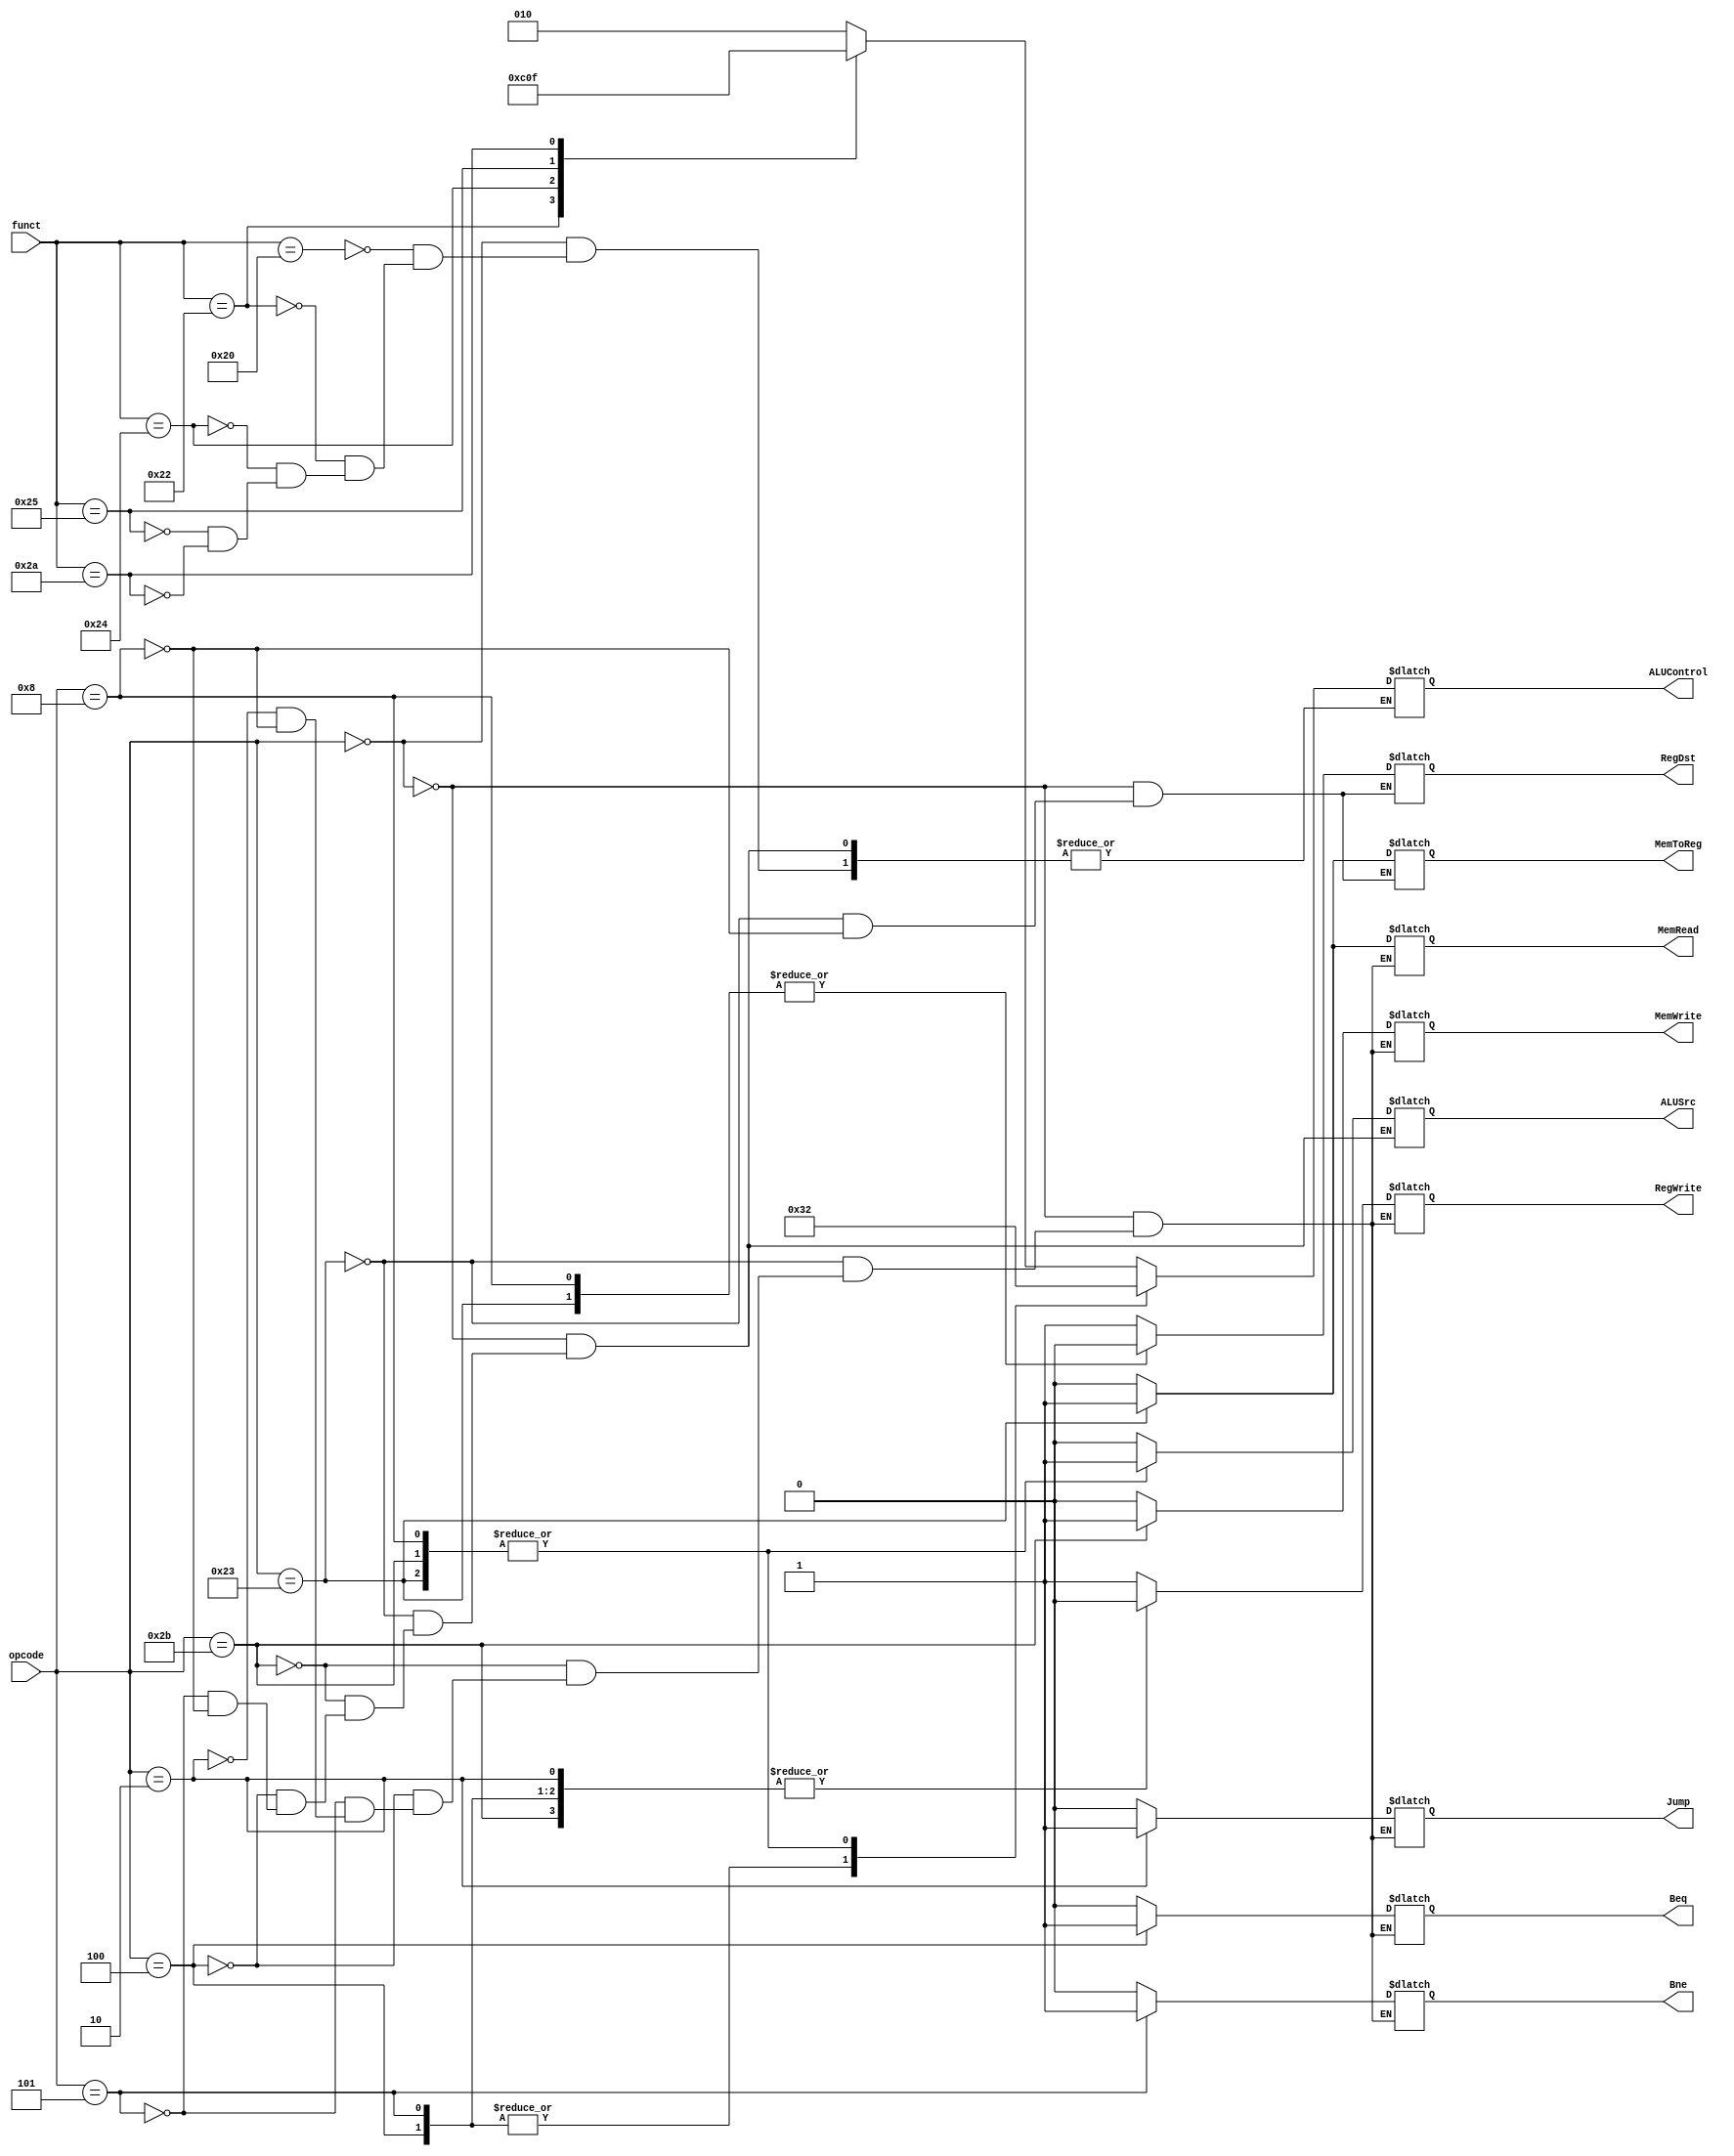
module Control(opcode, funct, ALUSrc, RegDst, MemWrite, MemRead, Beq, Bne, Jump,
               MemToReg, RegWrite, ALUControl);
  input [5:0] opcode, funct;
  output reg ALUSrc, RegDst, MemWrite, MemRead, Beq, Bne, Jump, MemToReg,
    RegWrite;
  output reg [2:0] ALUControl;

  always @(*) begin
    case (opcode)
    // R-type
    'b 000000: begin
      ALUSrc <= 0;
      RegDst <= 1;
      MemWrite <= 0;
      MemRead <= 0;
      Beq <= 0;
      Bne <= 0;
      Jump <= 0;
      MemToReg <= 0;
      RegWrite <= 1;

      case (funct)
      // ADD
      'b 100000: ALUControl <= 'b 010;
      // SUB
      'b 100010: ALUControl <= 'b 110;
      // AND
      'b 100100: ALUControl <= 'b 000;
      // OR
      'b 100101: ALUControl <= 'b 001;
      // SLT
      'b 101010: ALUControl <= 'b 111;
      endcase
    end

    // lw
    'b 100011: begin
      ALUSrc <= 1;
      RegDst <= 0;
      MemWrite <= 0;
      MemRead <= 1;
      Beq <= 0;
      Bne <= 0;
      Jump <= 0;
      MemToReg <= 1;
      RegWrite <= 1;
      // ADD
      ALUControl <= 'b 010;
    end

    // sw
    'b 101011: begin
      ALUSrc <= 1;
      MemWrite <= 1;
      MemRead <= 0;
      Beq <= 0;
      Bne <= 0;
      Jump <= 0;
      RegWrite <= 0;
      // ADD
      ALUControl <= 'b 010;
    end

    // beq
    'b 000100: begin
      ALUSrc <= 0;
      MemWrite <= 0;
      MemRead <= 0;
      Beq <= 1;
      Bne <= 0;
      Jump <= 0;
      RegWrite <= 0;
      // SUB
      ALUControl <= 'b 110;
    end

    // bne
    'b 000101: begin
      ALUSrc <= 0;
      MemWrite <= 0;
      MemRead <= 0;
      Beq <= 0;
      Bne <= 1;
      Jump <= 0;
      RegWrite <= 0;
      // SUB
      ALUControl <= 'b 110;
    end

    // Jump
    'b 000010: begin
      MemWrite <= 0;
      MemRead <= 0;
      Beq <= 0;
      Bne <= 0;
      Jump <= 1;
      RegWrite <= 0;
    end

    // addi
    'b 001000: begin
      ALUSrc <= 1;
      RegDst <= 0;
      MemWrite <= 0;
      MemRead <= 0;
      Beq <= 0;
      Bne <= 0;
      Jump <= 0;
      MemToReg <= 0;
      RegWrite <= 1;
      // ADD
      ALUControl <= 'b 010;
    end
    endcase
  end
endmodule